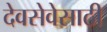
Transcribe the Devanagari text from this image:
देवसेवेसाठी